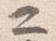
二